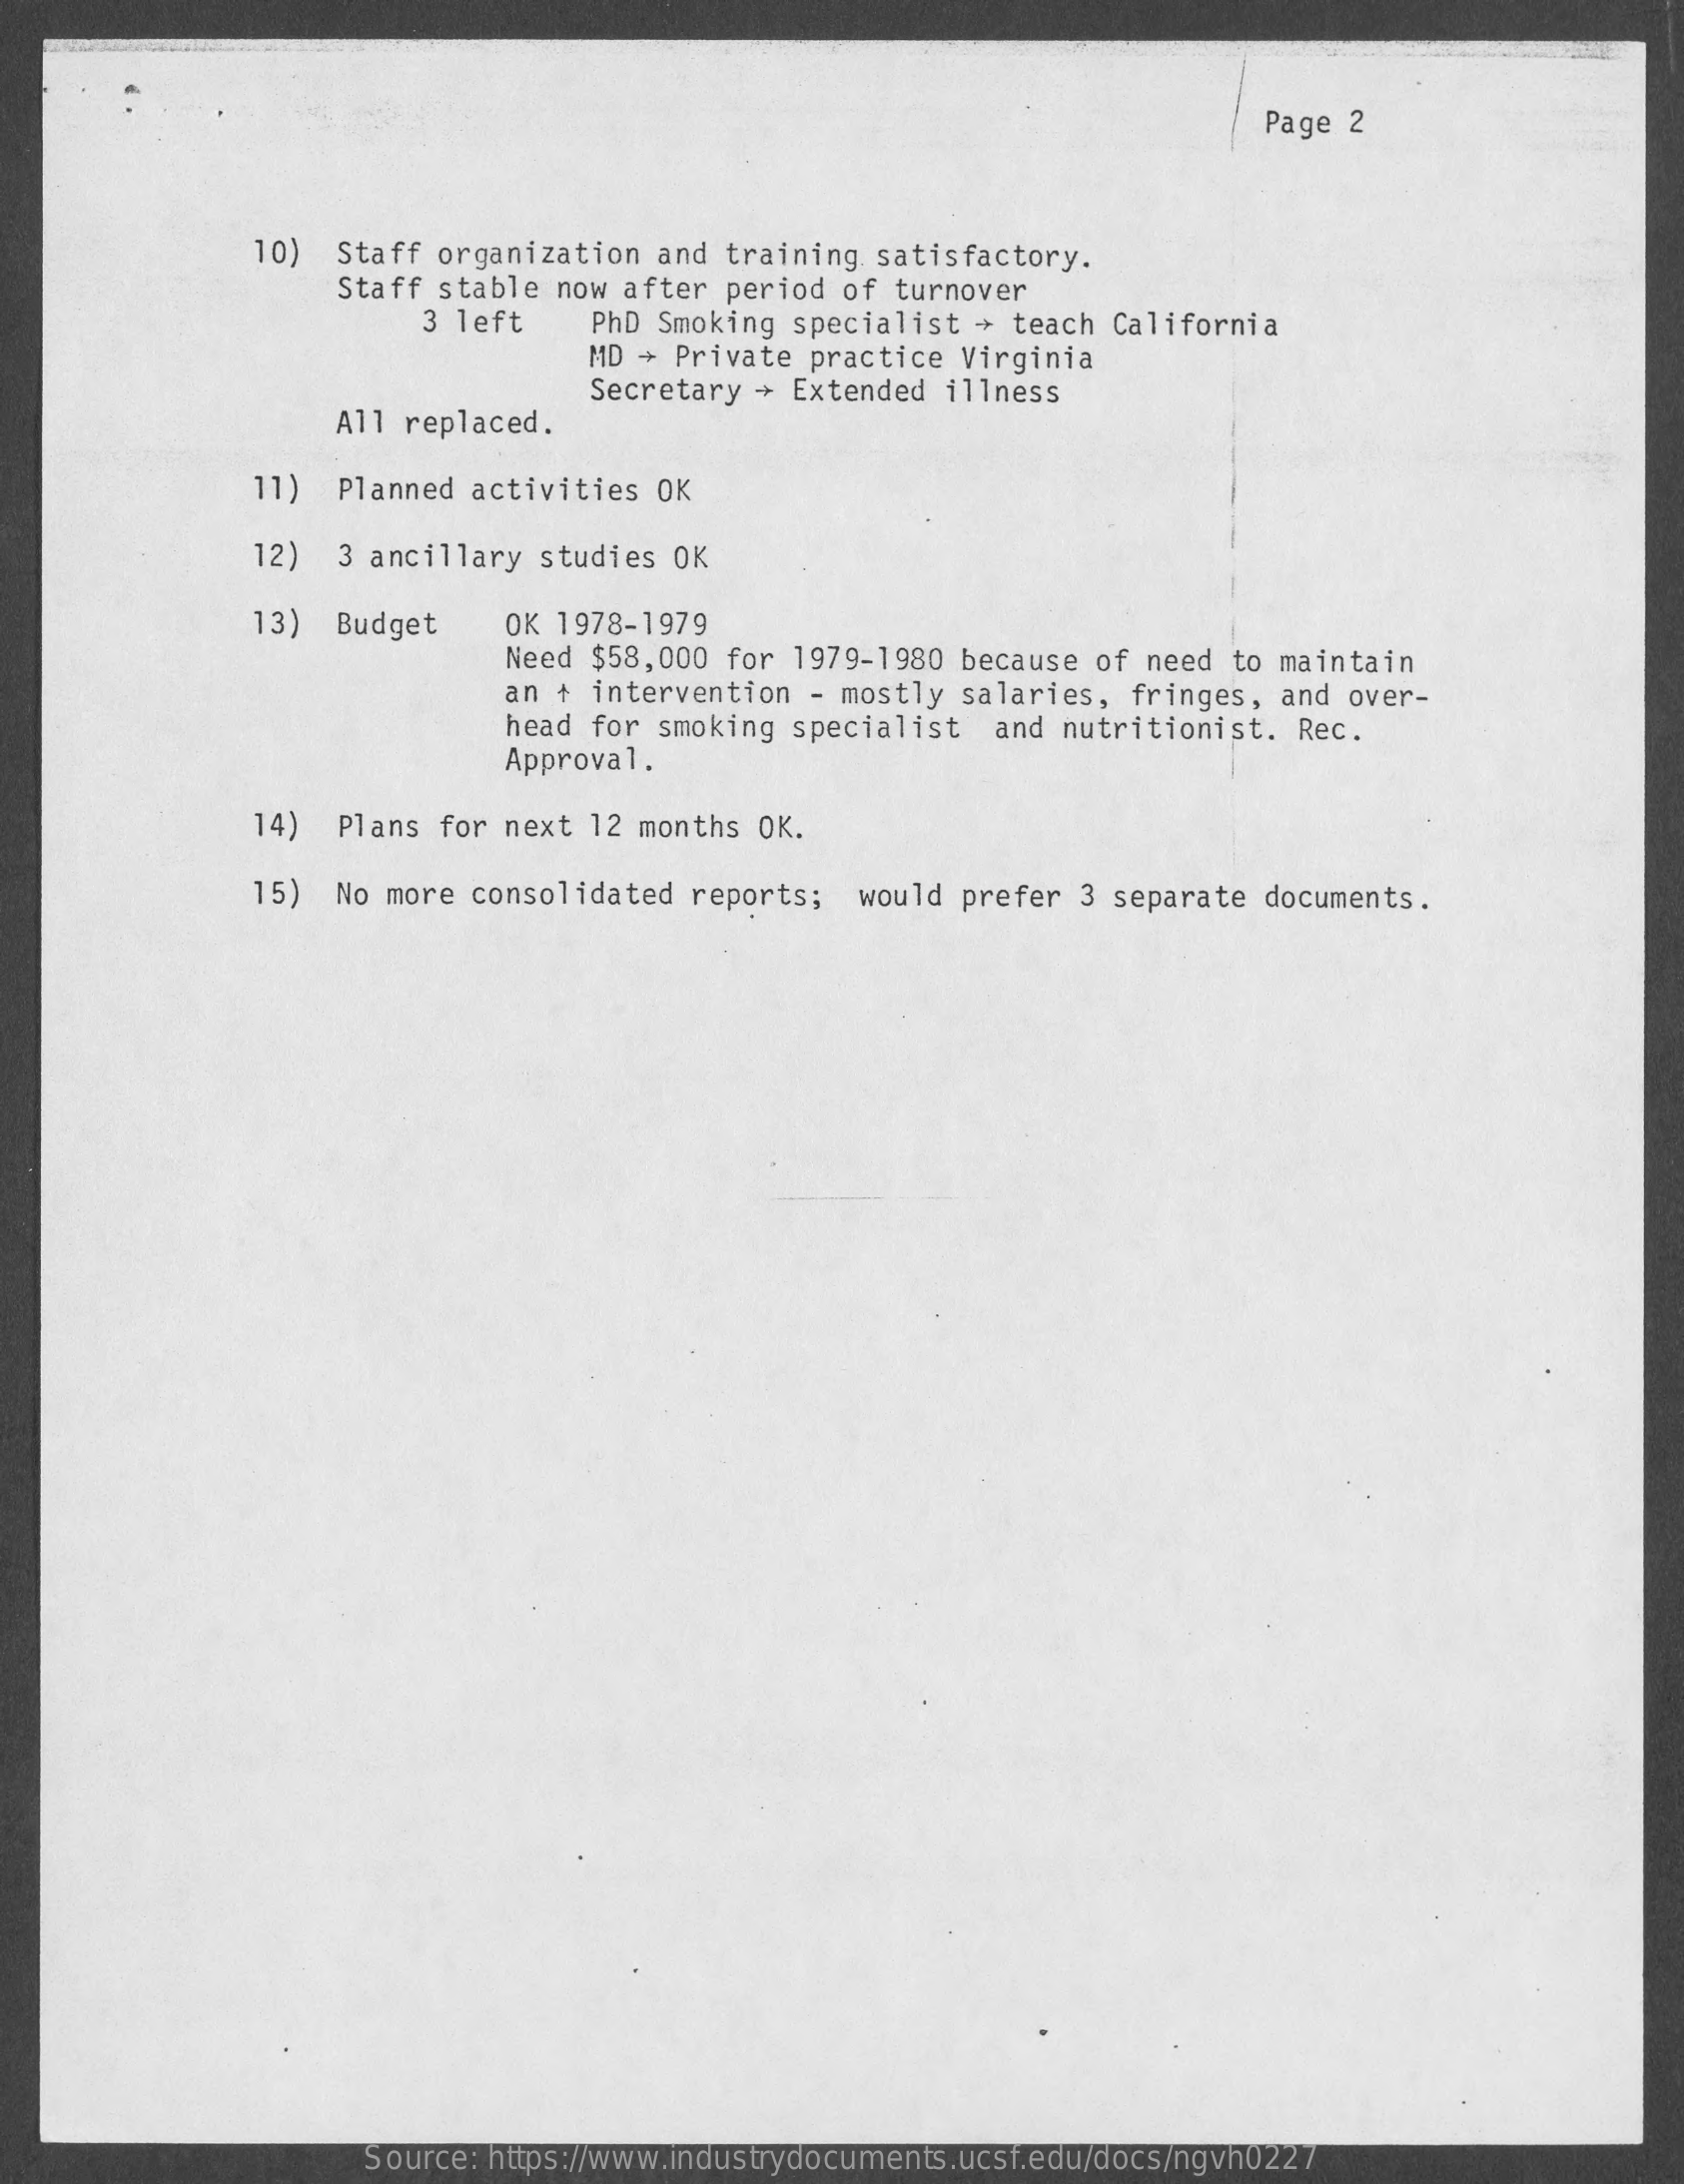
Page 2
     10)  Staff organization  and training. satisfactory.
     Staff stable now  after period of  turnover
     3 left    PhD Smoking specialist  + teach California
     MD + Private practice Virginia
     All replaced.
     Secretary + Extended  illness
     11)  Planned activities  OK
     12)  3 ancillary studies  OK
     13)  Budget    OK 1978-1979
     Need $58,000 for 1979-1980 because  of need to maintain
     an + intervention - mostly salaries,  fringes, and  over-
     head  for smoking specialist   and nutritionist. Rec.
     Approval.
     14)  Plans for next  12 months OK.
     15)  No more consolidated  reports;  would prefer  3 separate documents.
     Source: https://www.industrydocuments.ucsf.edu/docs/ngvh0227